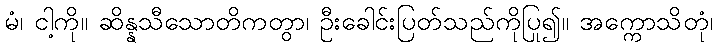
မံ၊ ငါ့ကို။ ဆိန္နသီသောတိကတွာ၊ ဦးခေါင်းပြတ်သည်ကိုပြု၍။ အက္ကောသိတုံ၊